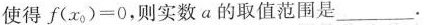
使得$$f ( x _ { 0 } ) = 0$$，则实数a的取值范围是___。